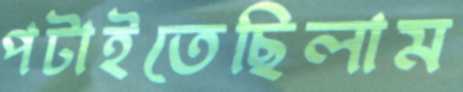
পটাইতেছিলাম